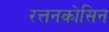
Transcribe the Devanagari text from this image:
रत्तनकोसिन